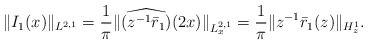
\begin{align*}&\|I_1(x)\|_{L^{2,1} } = \frac{1} {\pi} \| \widehat{(z^{-1} \bar{r}_1)}(2x)\|_{L^{2,1}_x} = \frac{1}{\pi} \| z^{-1} \bar{r}_1(z) \|_{ H^1_z}. \end{align*}